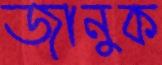
জানুক